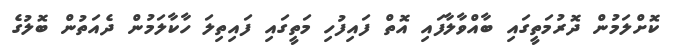
ކޮށްލަމުން ދޮރުމަތީގައި ބާއްވާލާފައި އޮތް ފައިފުހި މަތީގައި ފައިތިލަ ހާކާލަމުން ދެއަތުން ބޮލުގެ